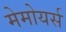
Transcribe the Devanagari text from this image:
मेमोयर्स